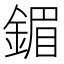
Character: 鎇